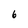
Character: 6